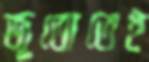
জুতোতেই